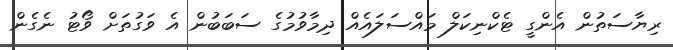
ރިޔާސަތުން އެންގީ ޓެކްނިކަލް މައްސަލައެއް ދިމާވުމުގެ ސަބަބުން އެ ވަގުތަށް ވޯޓު ނެގެން